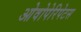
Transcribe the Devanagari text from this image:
ओवोपेरिपेटस